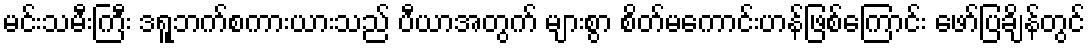
မင်းသမီးကြီး ဒရူဘက်စကားယားသည် ပီယာအတွက် များစွာ စိတ်မကောင်းဟန်ဖြစ်ကြောင်း ဖော်ပြချိန်တွင်